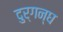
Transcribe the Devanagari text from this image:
दुर्गन्घ